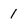
Character: 1